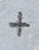
Text: +